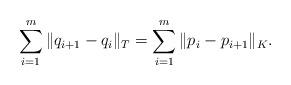
LaTeX: \begin{align*}\sum_{i=1}^m \|q_{i+1}- q_i\|_T = \sum_{i=1}^m \|p_{i} - p_{i+1}\|_K.\end{align*}